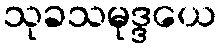
သုခသမုဒ္ဒယေ